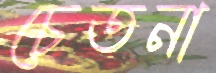
চেতনা